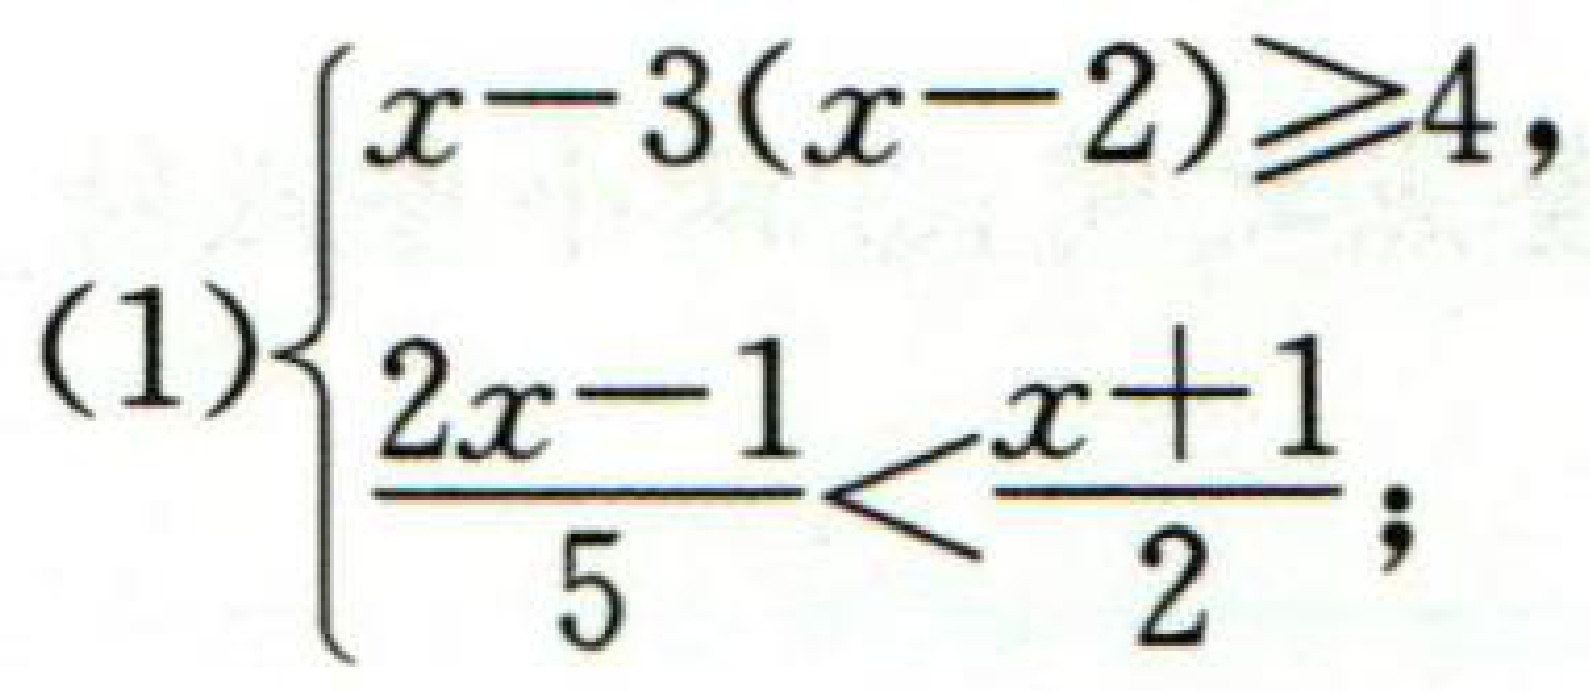
(1)$\begin{cases}

x - 3(x - 2) \geq 4,\\

\dfrac{2x - 1}{5} < \dfrac{x + 1}{2};

\end{cases}$